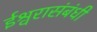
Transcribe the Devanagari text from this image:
ईश्वरासंबंधी